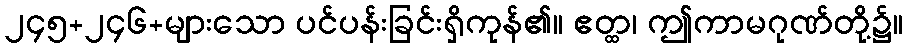
၂၄၅+၂၄၆+များသော ပင်ပန်းခြင်းရှိကုန်၏။ ဧတ္ထ၊ ဤကာမဂုဏ်တို့၌။